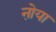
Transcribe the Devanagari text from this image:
नो़या